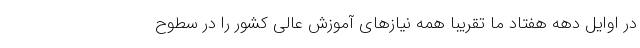
در اوایل دهه هفتاد ما تقریبا همه نیازهای آموزش عالی کشور را در سطوح